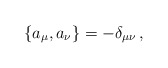
\begin{align*}\{a_{\mu },a_{\nu }\}=-\delta _{\mu \nu }\,,\end{align*}